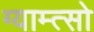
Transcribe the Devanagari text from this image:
ग्याम्त्सो